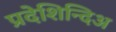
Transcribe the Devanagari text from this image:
प्रदेशिन्दिअ